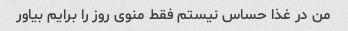
من در غذا حساس نیستم فقط منوی روز را برایم بیاور